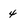
Character: 4